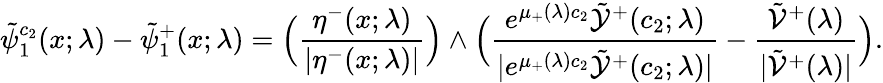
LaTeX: \tilde{\psi}_{1}^{c_{2}}(x;\lambda)-\tilde{\psi}_{1}^{+}(x;\lambda)=\Big(\frac{\eta^{-}(x;\lambda)}{|\eta^{-}(x;\lambda)|}\Big)\wedge\Big(\frac{e^{\mu_{+}(\lambda)c_{2}}\tilde{\mathcal{Y}}^{+}(c_{2};\lambda)}{|e^{\mu_{+}(\lambda)c_{2}}\tilde{\mathcal{Y}}^{+}(c_{2};\lambda)|}-\frac{\tilde{\mathcal{V}}^{+}(\lambda)}{|\tilde{\mathcal{V}}^{+}(\lambda)|}\Big).